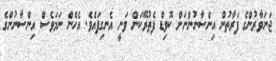
ޖަނަވާރުންގެ ފަރާތުން އިންސާނުންނަށް ކޮވިޑް ފެތުރޭކަން ވަނީ އެނގިފައެވެ. އެހެން ނަމަވެސް އިންސާނުންގެ